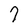
Character: 7